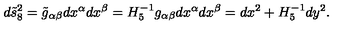
d \tilde { s } _ { 8 } ^ { 2 } = \tilde { g } _ { \alpha \beta } d x ^ { \alpha } d x ^ { \beta } = H _ { 5 } ^ { - 1 } g _ { \alpha \beta } d x ^ { \alpha } d x ^ { \beta } = d x ^ { 2 } + H _ { 5 } ^ { - 1 } d y ^ { 2 } .